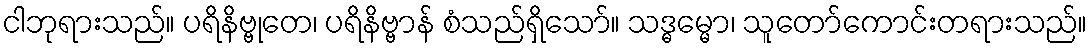
ငါဘုရားသည်။ ပရိနိဗ္ဗုတေ၊ ပရိနိဗ္ဗာန် စံသည်ရှိသော်။ သဒ္ဓမ္မော၊ သူတော်ကောင်းတရားသည်။